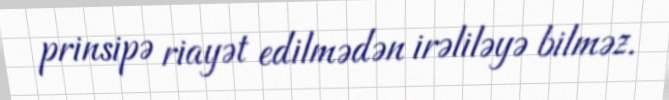
prinsipə riayət edilmədən irəliləyə bilməz.